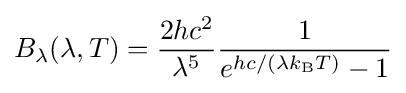
B_{\lambda }(\lambda ,T)={\frac {2hc^{2}}{\lambda ^{5}}}{\frac {1}{e^{hc/(\lambda k_{\mathrm {B} }T)}-1}}